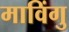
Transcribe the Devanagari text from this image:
माविंगु